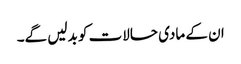
ان کے مادی حالات کو بدلیں گے۔